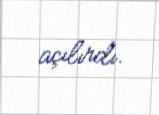
açılırdı.